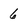
Character: 6